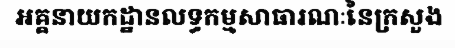
អគ្គនាយកដ្ឋានលទ្ធកម្មសាធារណៈនៃក្រសួង